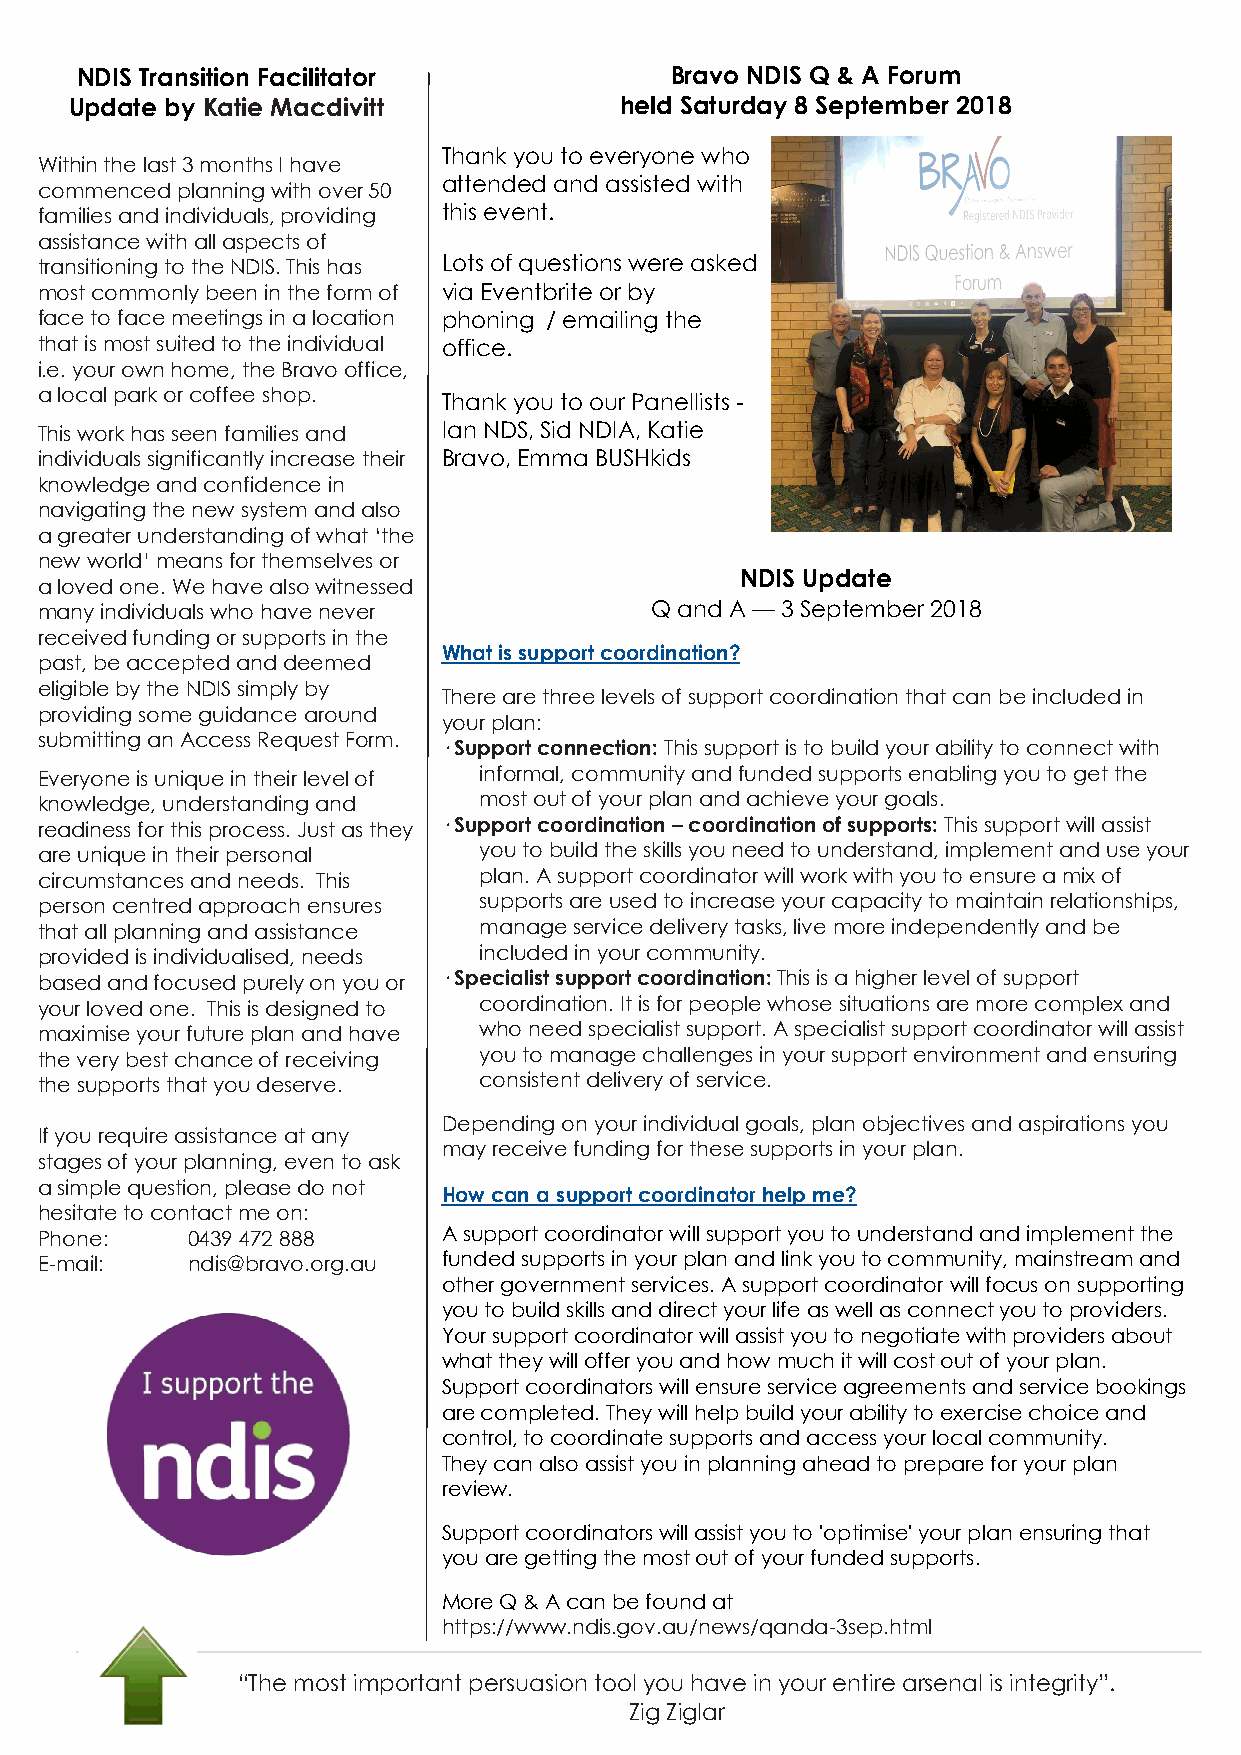
NDIS Transition Facilitator            Bravo NDIS Q & A Forum
 Update by Katie Macdivitt           held Saturday 8 September 2018
 Thank you to everyone who
 Within the last 3 months I have
 attended and assisted with
 commenced planning with over 50
 families and individuals, providing this event.
 assistance with all aspects of
 transitioning to the NDIS. This has Lots of questions were asked
 most commonly been in the form of via Eventbrite or by
 face to face meetings in a location phoning / emailing the
 that is most suited to the individual office.
 i.e. your own home, the Bravo office,
 a local park or coffee shop. Thank you to our Panellists -
 This work has seen families and Ian NDS, Sid NDIA, Katie
 individuals significantly increase their Bravo, Emma BUSHkids
 knowledge and confidence in
 navigating the new system and also
 a greater understanding of what ‘the
 new world’ means for themselves or
 NDIS Update
 a loved one. We have also witnessed
 many individuals who have never          Q and A — 3 September 2018
 received funding or supports in the
 What is support coordination?
 past, be accepted and deemed
 eligible by the NDIS simply by
 There are three levels of support coordination that can be included in
 providing some guidance around
 your plan:
 submitting an Access Request Form.
 · Support connection: This support is to build your ability to connect with
 Everyone is unique in their level of informal, community and funded supports enabling you to get the
 knowledge, understanding and  most out of your plan and achieve your goals.
 readiness for this process. Just as they · Support coordination – coordination of supports: This support will assist
 are unique in their personal  you to build the skills you need to understand, implement and use your
 circumstances and needs. This plan. A support coordinator will work with you to ensure a mix of
 person centred approach ensures supports are used to increase your capacity to maintain relationships,
 that all planning and assistance manage service delivery tasks, live more independently and be
 provided is individualised, needs included in your community.
 based and focused purely on you or · Specialist support coordination: This is a higher level of support
 your loved one. This is designed to coordination. It is for people whose situations are more complex and
 maximise your future plan and have who need specialist support. A specialist support coordinator will assist
 the very best chance of receiving you to manage challenges in your support environment and ensuring
 the supports that you deserve. consistent delivery of service.
 Depending on your individual goals, plan objectives and aspirations you
 If you require assistance at any
 may receive funding for these supports in your plan.
 stages of your planning, even to ask
 a simple question, please do not
 How can a support coordinator help me?
 hesitate to contact me on:
 Phone:    0439 472 888     A support coordinator will support you to understand and implement the
 E-mail:   ndis@bravo.org.au funded supports in your plan and link you to community, mainstream and
 other government services. A support coordinator will focus on supporting
 you to build skills and direct your life as well as connect you to providers.
 Your support coordinator will assist you to negotiate with providers about
 what they will offer you and how much it will cost out of your plan.
 Support coordinators will ensure service agreements and service bookings
 are completed. They will help build your ability to exercise choice and
 control, to coordinate supports and access your local community.
 They can also assist you in planning ahead to prepare for your plan
 review.
 Support coordinators will assist you to 'optimise' your plan ensuring that
 you are getting the most out of your funded supports.
 More Q & A can be found at
 https://www.ndis.gov.au/news/qanda-3sep.html
 “The most important persuasion tool you have in your entire arsenal is integrity”.
 Zig Ziglar